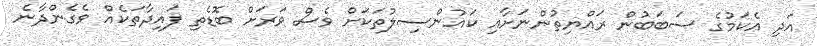
އަދި އެކަމުގެ ސަބަބުން ރައްޔިތުންނަށާއި ކައުންސިލުތަކަށް ވެސް ވަރަށް ބޮޑެތި ފައިދާތަކެއް ވެގެންދާނެ